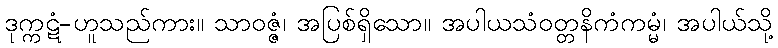
ဒုက္ကဋံ-ဟူသည်ကား။ သာဝဇ္ဇံ၊ အပြစ်ရှိသော။ အပါယသံဝတ္တနိကံကမ္မံ၊ အပါယ်သို့